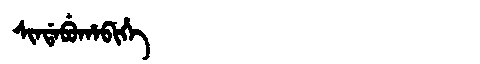
Manchu: ᠰᡳᠨᡩᠠᠪᡠᡥᠠᠪᡳᡥᡝ
Romanization: SINDABUHABIHE